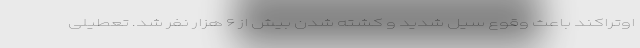
اوتراکند باعث وقوع سیل شدید و کشته شدن بیش از ۶ هزار نفر شد. تعطیلی